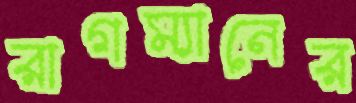
রাগম্যানের